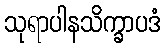
သုရာပါနသိက္ခာပဒံ